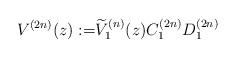
LaTeX: \begin{align*} V^{(2n)}(z):=&\widetilde V_{1}^{(n)}(z) C_{1}^{(2n)}D_{1}^{(2n)}\end{align*}